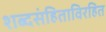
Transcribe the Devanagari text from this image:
शब्दसंहिताविरहित